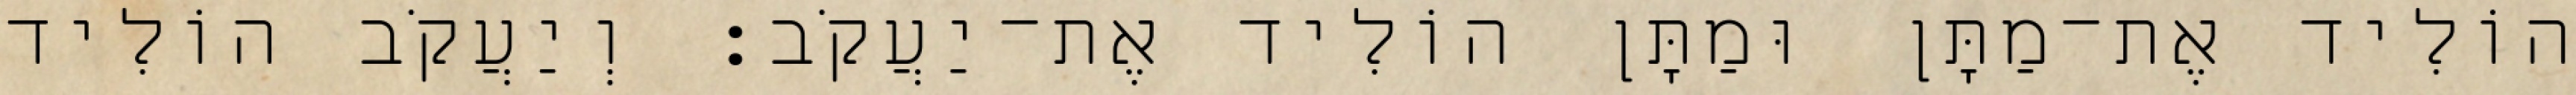
הוֹלִיד אֶת־מַתָּן וּמַתָּן הוֹלִיד אֶת־יַעֲקֹב׃ וְיַעֲקֹב הוֹלִיד